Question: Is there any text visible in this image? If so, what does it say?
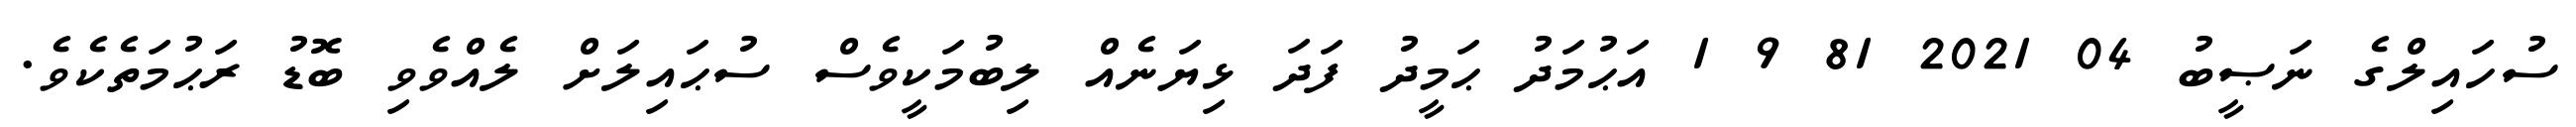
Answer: ސުހައިލްގެ ނަޞީބު 04 2021 81 9 1 އަޙުމަދު ޙަމީދު ފަދަ ޅިޔަނެއް ލިބުމަކީވެސް ސުޙައިލަށް ލެއްވެވި ބޮޑު ރަޙުމަތެކެވެ.